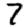
Digit: 7